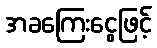
အခကြေးငွေဖြင့်